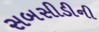
સબસીડીની